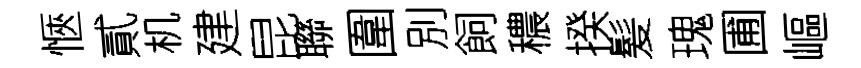
愜貳机建昆聯圍別飼穠揆髪瑰圃嶇